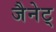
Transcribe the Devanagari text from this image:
जैनेट्